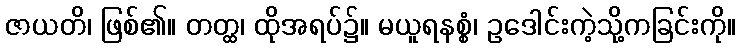
ဇာယတိ၊ ဖြစ်၏။ တတ္ထ၊ ထိုအရပ်၌။ မယူရနစ္စံ၊ ဥဒေါင်းကဲ့သို့ကခြင်းကို။